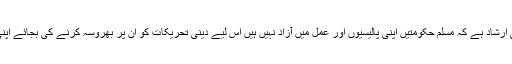
حضرت الشیخ مدظلہ کا یہ بھی ارشاد ہے کہ مسلم حکومتیں اپنی پالیسیوں اور عمل میں آزاد نہیں ہیں اس لیے دینی تحریکات کو ان پر بھروسہ کرنے کی بجائے اپنی راہیں خود تلاش کرنی چاہیں۔